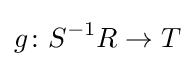
g\colon S^{-1}R\to T